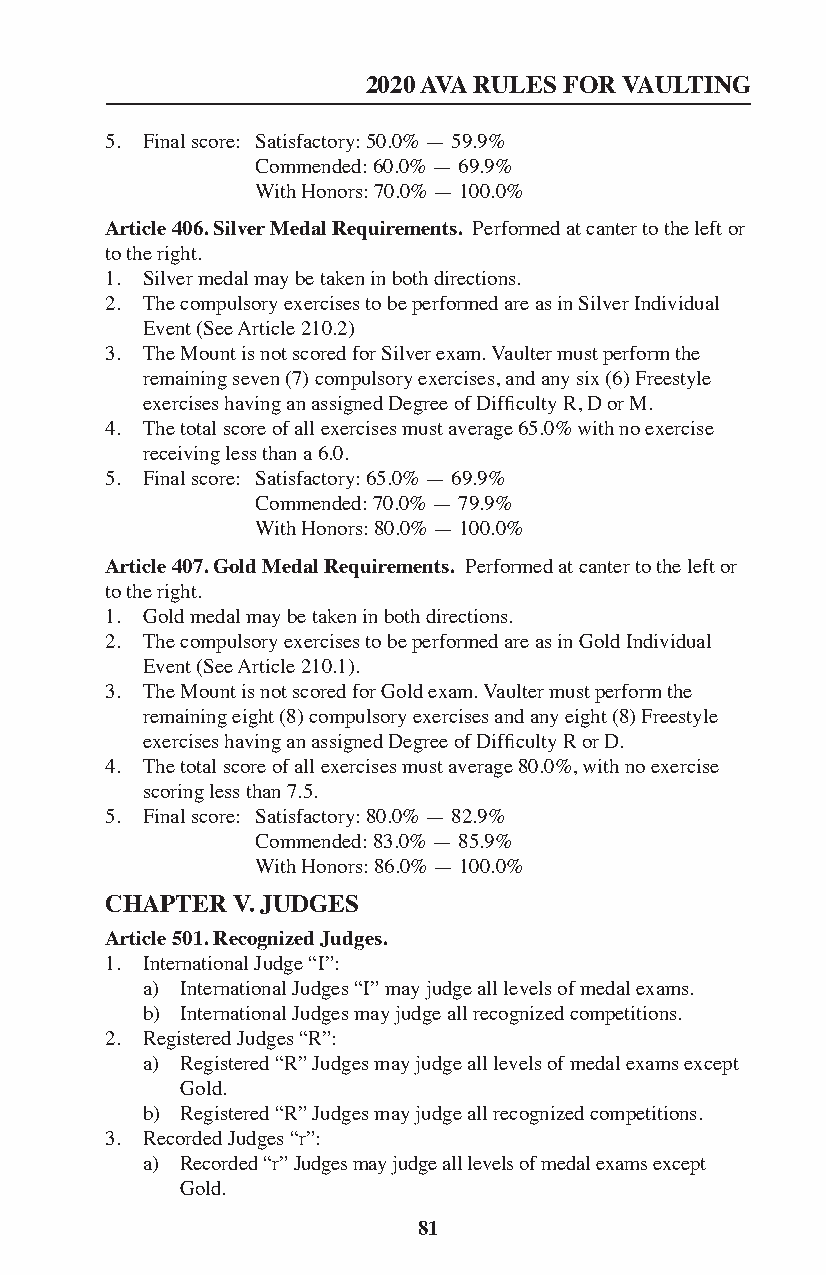
2020 AVA RULES FOR VAULTING
 5. Final score: Satisfactory: 50.0% — 59.9%
 Commended: 60.0% — 69.9%
 With Honors: 70.0% — 100.0%
 Article 406. Silver Medal Requirements. Performed at canter to the left or
 to the right.
 1. Silver medal may be taken in both directions.
 2. The compulsory exercises to be performed are as in Silver Individual
 Event (See Article 210.2)
 3. The Mount is not scored for Silver exam. Vaulter must perform the
 remaining seven (7) compulsory exercises, and any six (6) Freestyle
 exercises having an assigned Degree of Difficulty R, D or M.
 4. The total score of all exercises must average 65.0% with no exercise
 receiving less than a 6.0.
 5. Final score: Satisfactory: 65.0% — 69.9%
 Commended: 70.0% — 79.9%
 With Honors: 80.0% — 100.0%
 Article 407. Gold Medal Requirements. Performed at canter to the left or
 to the right.
 1. Gold medal may be taken in both directions.
 2. The compulsory exercises to be performed are as in Gold Individual
 Event (See Article 210.1).
 3. The Mount is not scored for Gold exam. Vaulter must perform the
 remaining eight (8) compulsory exercises and any eight (8) Freestyle
 exercises having an assigned Degree of Difficulty R or D.
 4. The total score of all exercises must average 80.0%, with no exercise
 scoring less than 7.5.
 5. Final score: Satisfactory: 80.0% — 82.9%
 Commended: 83.0% — 85.9%
 With Honors: 86.0% — 100.0%
 CHAPTER V. JUDGES
 Article 501. Recognized Judges.
 1. International Judge “I”:
 a) International Judges “I” may judge all levels of medal exams.
 b) International Judges may judge all recognized competitions.
 2. Registered Judges “R”:
 a) Registered “R” Judges may judge all levels of medal exams except
 Gold.
 b) Registered “R” Judges may judge all recognized competitions.
 3. Recorded Judges “r”:
 a) Recorded “r” Judges may judge all levels of medal exams except
 Gold.
 81